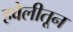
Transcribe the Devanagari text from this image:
हवेलीतून